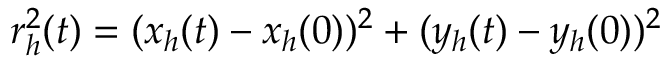
r _ { h } ^ { 2 } ( t ) = ( x _ { h } ( t ) - x _ { h } ( 0 ) ) ^ { 2 } + ( y _ { h } ( t ) - y _ { h } ( 0 ) ) ^ { 2 }